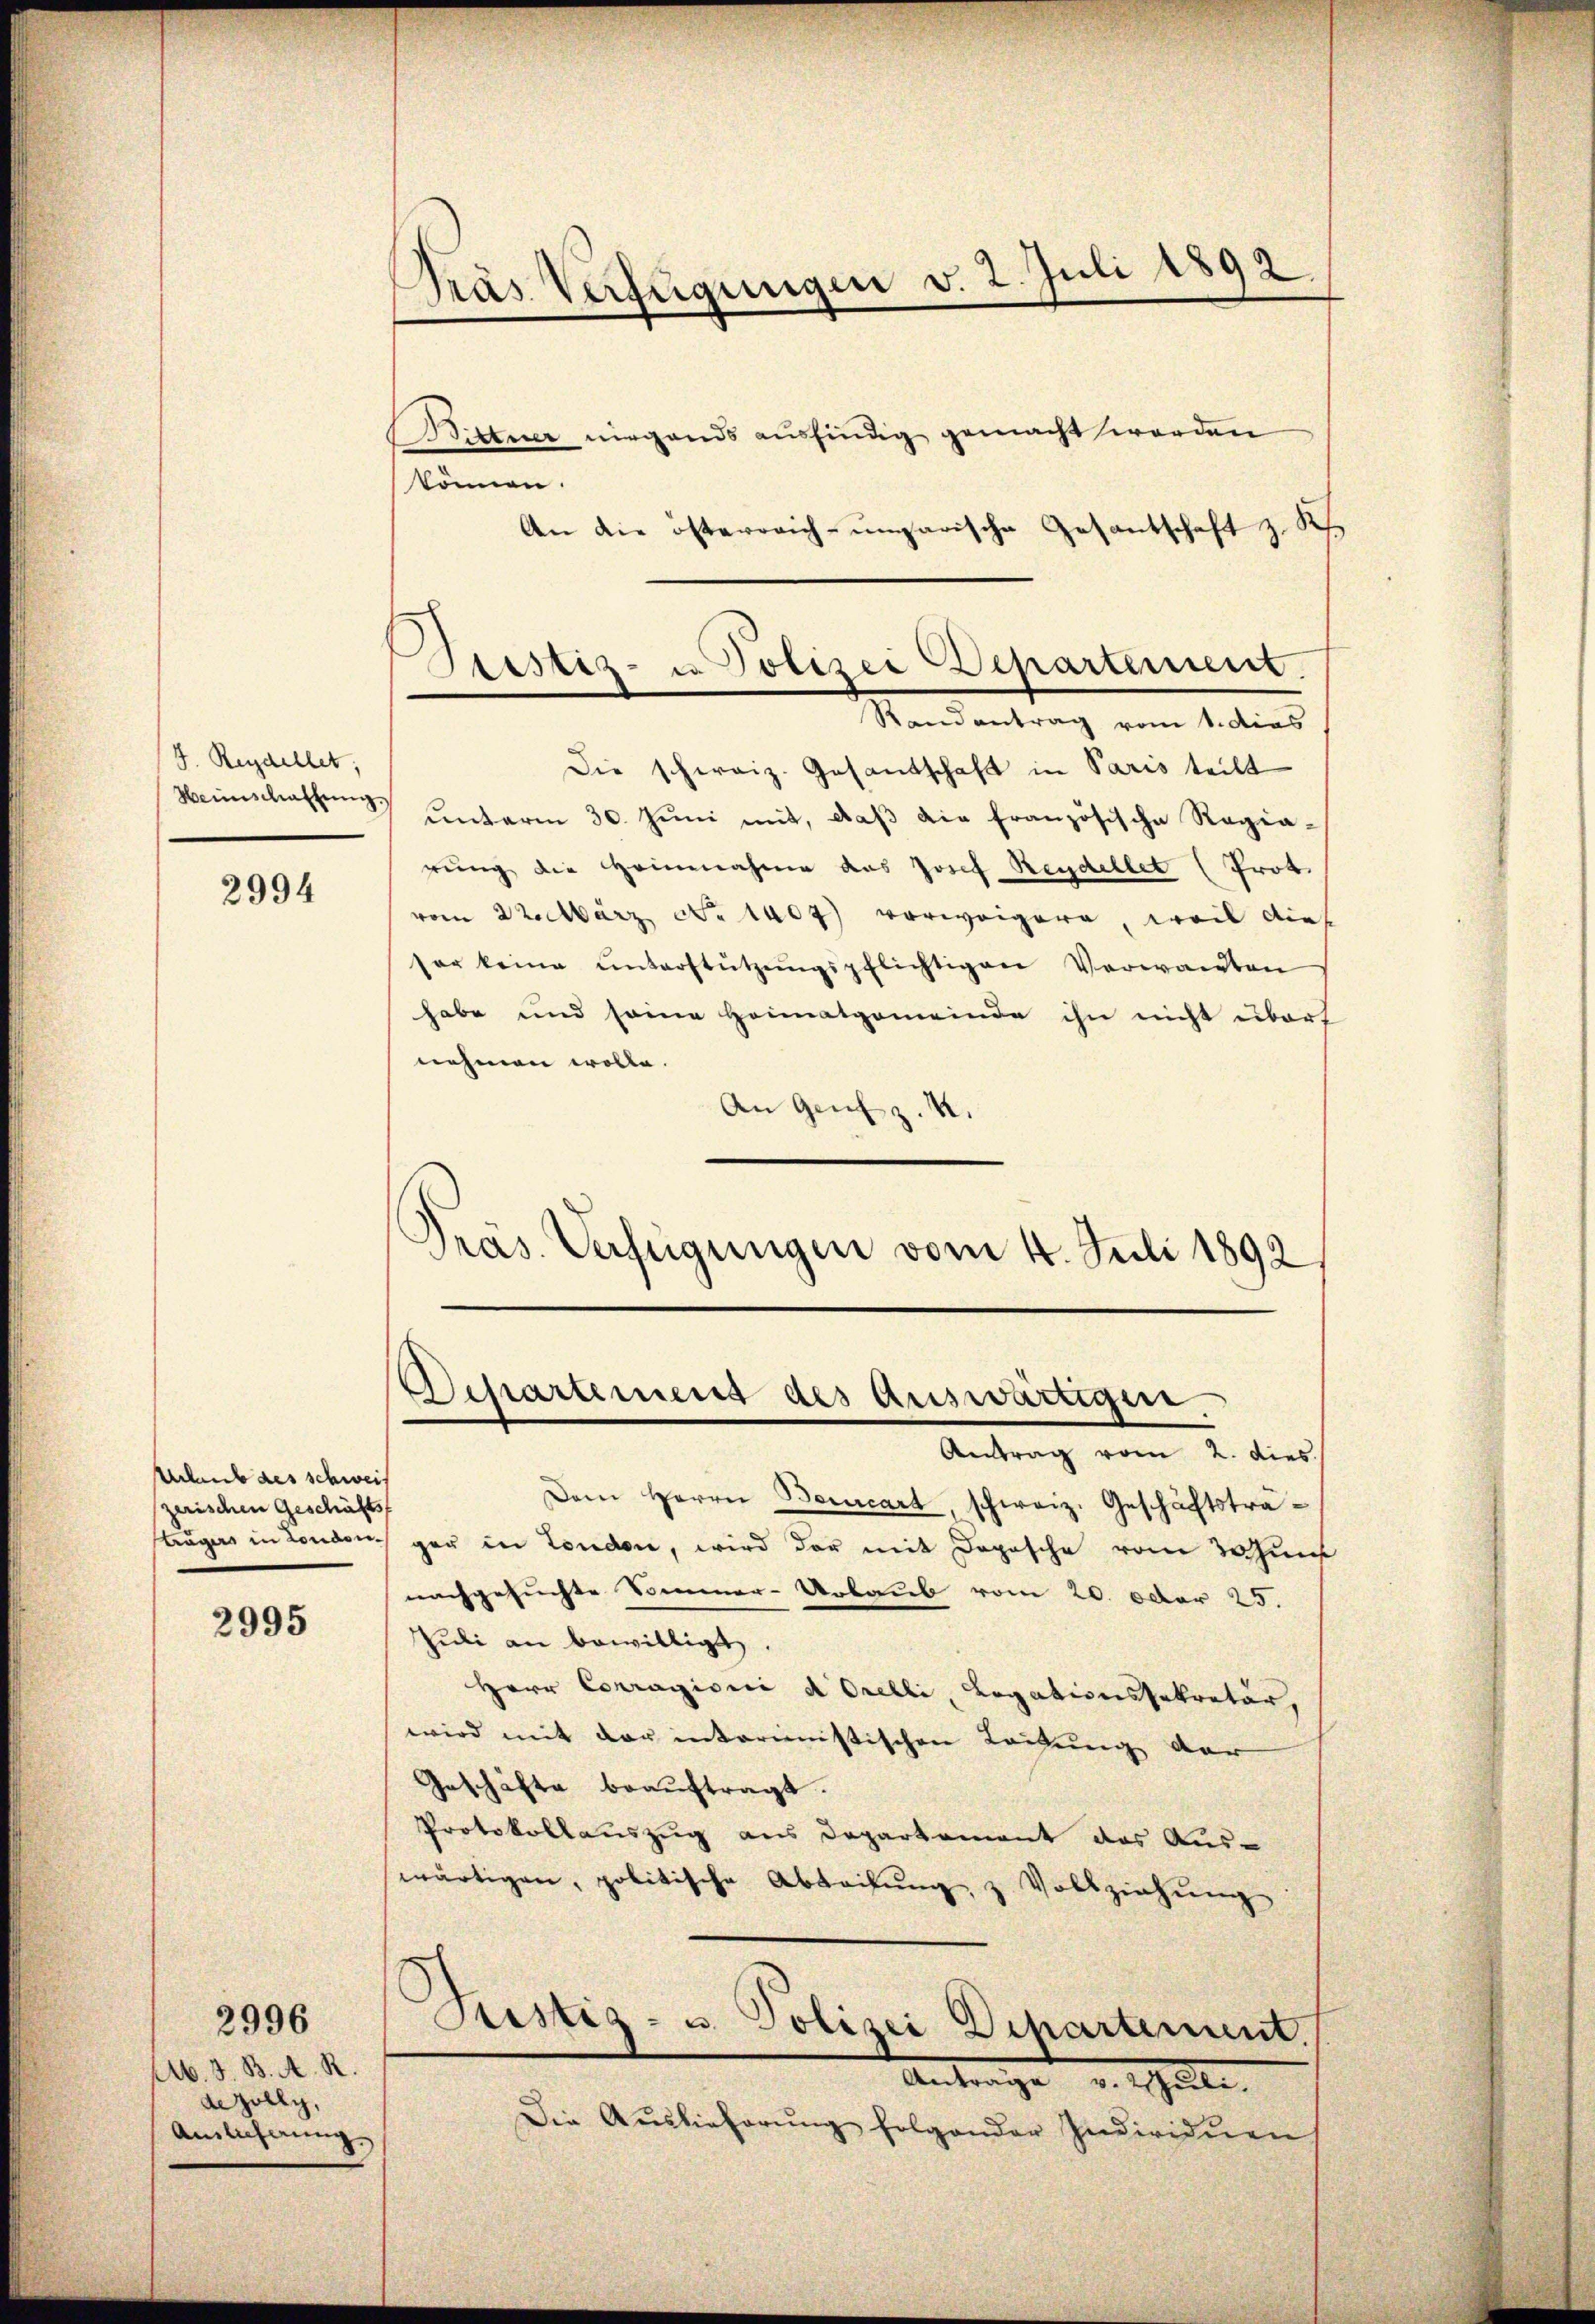
J. Reydellet,
Heimschaffung.

2994

Urlaub des schweis
zerischen Geschäfts

2995

Ab. J. B. A. R.
Aezolly,
Ainlicherung

2996

Pras Verfügungen v. 2. Juli 1892

Stestiz- u. Polizei Departement.
Randantrag vom 1. dies

Hittner nirgends ausfindig gemacht worden
können.
An die österreich-ungarische Gesantschaft z. K
Die schweiz. Gesandschaft in Paris teilt
ŭnterm 30. Jŭni mit, daβ die französische Regia-
rung die Heinnahme das Josef Reydellet (Prot.
vom 22. März No. 1409) vorweigere, weil dies
ser keine ŭnterstützŭngspflichtigen Verwandten
habe und seine Heimatgemeinde ihn nicht übert
nehmen wolle.
An Genf z. B.
Pras. Verfügungen vom 4. Juli 1892

Departement des Auswärtigen.

Antrag vom 2. dies
Dem Herrn Bercart, schweiz. Geschäftsträtruges in London gar in London, wird der mit Depesche vom Jahn
nachgesuchte Sommer-Urlaub vom 20. Oder 25.
Juli an bewilligt.
Herr Corragioni d. Orelli, Legationssekretär,
wird mit der intorienistischen Leitung der
Geschäfte beauftragt.
Protokollauszug aus Departement das Aus-
wärtigen, politische Abteilŭng, z. Vollziehung
Justiz- u. Polizei Departement.
Antrage halte
Die Auslieferŭng folgender Individuen